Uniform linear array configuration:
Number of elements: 12
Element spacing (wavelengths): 0.5
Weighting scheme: uniform
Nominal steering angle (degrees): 60
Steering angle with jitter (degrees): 58.418
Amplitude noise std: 0.05
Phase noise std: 0.05

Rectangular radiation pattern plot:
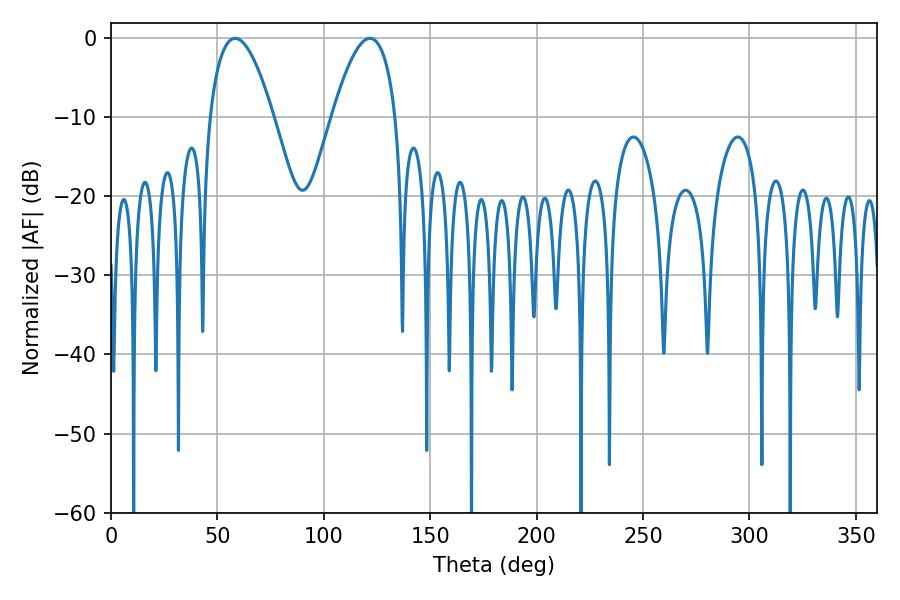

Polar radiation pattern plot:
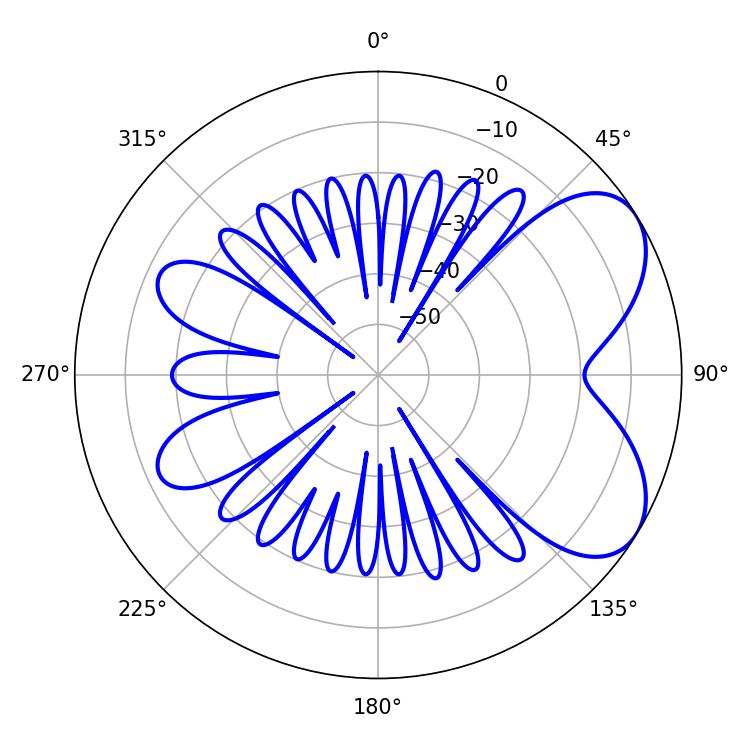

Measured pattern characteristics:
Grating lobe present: FALSE
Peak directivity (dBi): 5.922
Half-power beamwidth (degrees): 16.38
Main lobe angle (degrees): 58.32